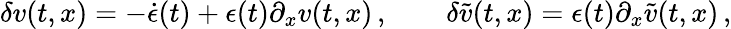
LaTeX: \delta v(t,x)=-\dot{\epsilon}(t)+\epsilon(t)\partial_{x}v(t,x)\, ,\qquad\delta\tilde{v}(t,x)=\epsilon(t)\partial_{x}\tilde{v}(t,x)\, ,